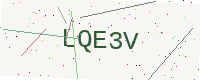
Text: LQE3V